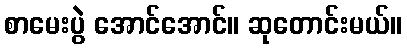
စာမေးပွဲ အောင်အောင်။ ဆုတောင်းမယ်။